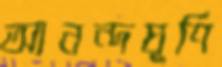
আনন্দঘূর্ণি